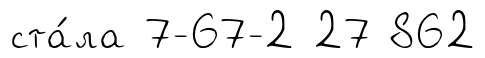
ста́ла 7-67-2 27 862